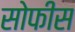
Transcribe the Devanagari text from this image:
सोफीस